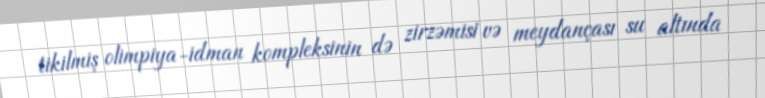
tikilmiş olimpiya-idman kompleksinin də zirzəmisi və meydançası su altında